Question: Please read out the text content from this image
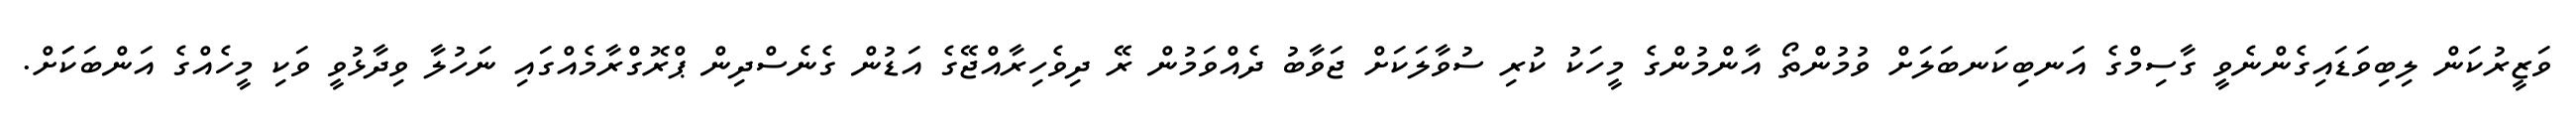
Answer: ވަޒީރުކަން ލިބިވަޑައިގެންނެވީ ގާސިމްގެ އަނބިކަނބަލަށް ވުމުންތޯ އާންމުންގެ މީހަކު ކުރި ސުވާލަކަށް ޖަވާބު ދެއްވަމުން ރޭ ދިވެހިރާއްޖޭގެ އަޑުން ގެނެސްދިން ޕްރޮގްރާމެއްގައި ނަހުލާ ވިދާޅުވީ ވަކި މީހެއްގެ އަންބަކަަށް.